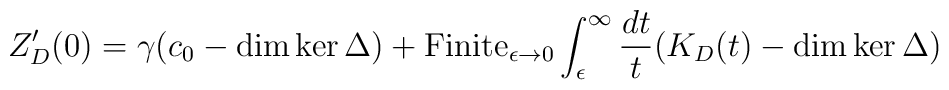
Z_D'(0) =\gamma (c_0-\dim\ker\Delta)+ \hbox{Finite}_{\epsilon\to 0}\int_{\epsilon}^{\infty} {{dt}\over t} (K_D(t)-\dim\ker\Delta)